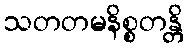
သတတမနိစ္စတန္တိ